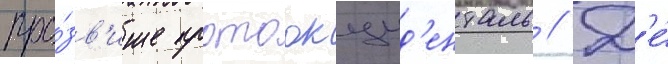
про́зв'ище протоокцид'енталь // Д'е́